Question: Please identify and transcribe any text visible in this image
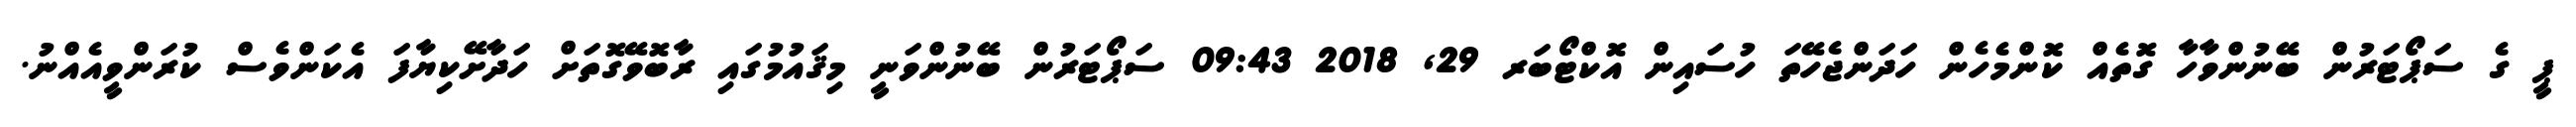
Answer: ޕީ ގެ ސަޕޯޓަރުން ބޭނުންވާހާ ގޮތެއް ކޮންމެހެން ހަދަންޖެހޭތަ ހުސައިން އޮކްޓޯބަރ 29, 2018 09:43 ސަޕޯޓަރުން ބޭނުންވަނީ މިޤައުމުގައި ރާބޮވޭގޮތަށް ހަދާށޭކިޔާފަ އެކަންވެސް ކުރަންވީއެއްނު.